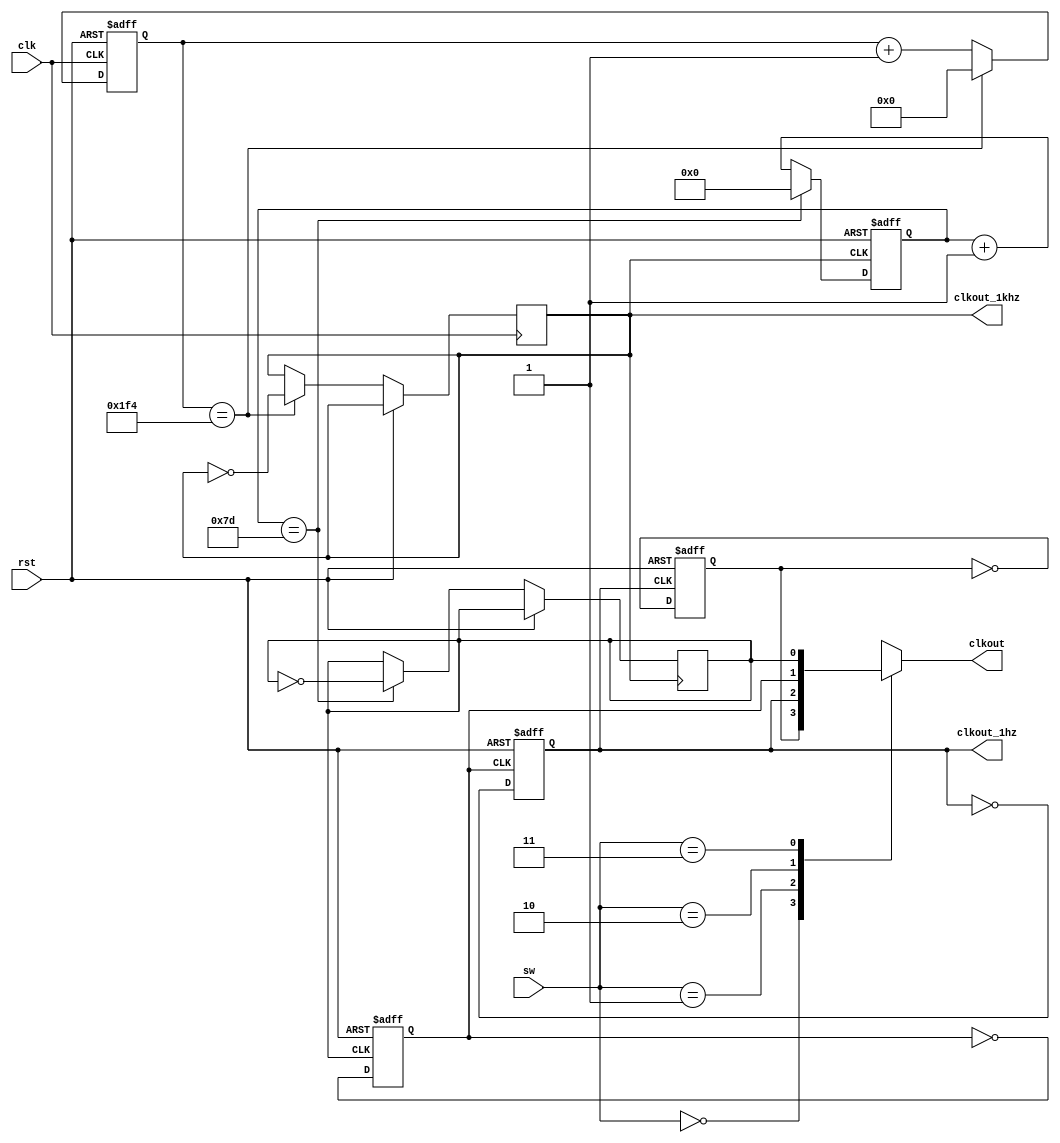
module divide(clk,rst,clkout_1hz,clkout,sw,clkout_1khz);
input clk,rst;//clk1mhz
input [1:0] sw;//
output clkout,clkout_1hz,clkout_1khz;//
reg clkout_half_hz,clkout_1hz,clkout_2hz,clkout_4hz,clkout,clkout_1khz;//

reg [6:0] cnt1;
reg [8:0] cnt;

initial 
begin
clkout_half_hz = 0;
clkout_1hz = 0;
clkout_2hz = 0;
clkout_4hz = 0;
clkout_1khz = 0;
end

always @(sw or clkout_half_hz or clkout_1hz or clkout_2hz or clkout_4hz)//MUX
begin
	case(sw)
	 2'b00:clkout = clkout_half_hz;
	 2'b01:clkout = clkout_1hz;
	 2'b10:clkout = clkout_2hz;
	 2'b11:clkout = clkout_4hz;
	default:;
	endcase
end


always @(posedge clk or posedge rst)//10001khz
begin
	if(rst) cnt = 0;
	else begin
	if(cnt == 500) begin clkout_1khz = ~clkout_1khz;cnt = 0;end
	else cnt = cnt + 1;
	end
end
	
always @(posedge clkout_1khz or posedge rst)//2504hz
begin
	if(rst) cnt1 = 0;
	else begin
	if(cnt1 == 125) begin clkout_4hz = ~clkout_4hz;cnt1 = 0;end
	else cnt1 = cnt1 + 1;
	end
end
	
always @(posedge clkout_4hz or posedge rst)//22hz
begin
	if(rst) clkout_2hz = 0;
	else clkout_2hz = ~clkout_2hz;
end
	
always @(posedge clkout_2hz or posedge rst)//21hz
begin
	if(rst) clkout_1hz = 0;
	else clkout_1hz = ~clkout_1hz;
end

always @(posedge clkout_1hz or posedge rst)//20.5hz
begin
	if(rst) clkout_half_hz = 0;
	else clkout_half_hz = ~clkout_half_hz;

end


endmodule